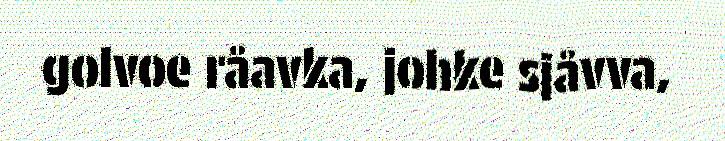
golvoe råavka, johke sjåvva,